Report on vaccination in Madras 1895-1903 - 1895-1903
Year: 1895
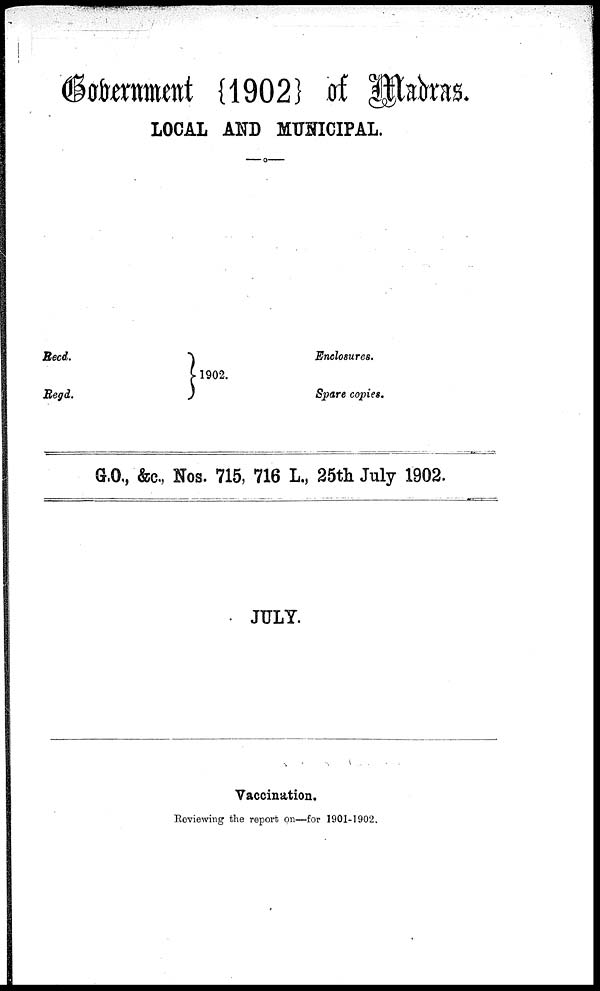
GOVERNMENT {1902} of Madras.
LOCAL AND MUNICIPAL.
Recd.
Regd.
1902.
Enclosures.
Spare copies.
G.O., &c., Nos. 715, 716 L., 25th July 1902.
JULY.
Vaccination.
Reviewing the report on—for 1901-1902.